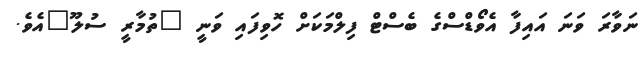
ނަވާރަ ވަނަ އައިފާ އެވޯޑްސްގެ ބެސްޓް ފިލްމަކަށް ހޮވިފައި ވަނީ "ތުމާރީ ސުލޫ"އެވެ.